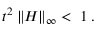
t ^ { 2 } \parallel \! \! H \! \! \parallel _ { \infty } \; < \; 1 \; .